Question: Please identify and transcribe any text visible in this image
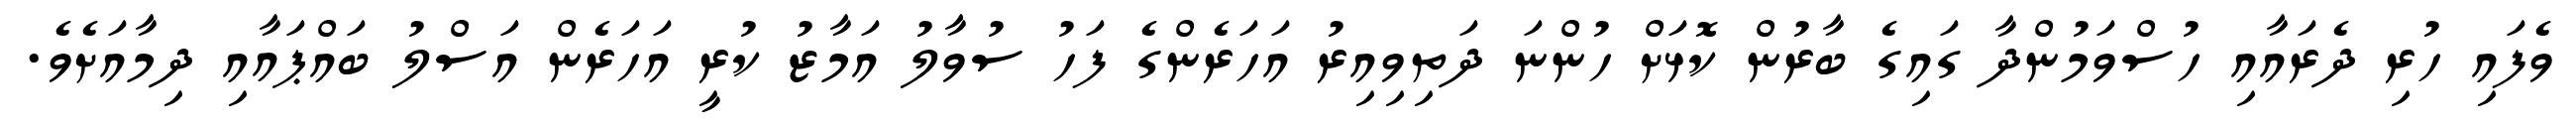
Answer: ވެފައި ހުރި ދެރައާއި ހުސްވަމުންދާ ގައިގެ ބާރުން ކޮޅަށް ހުންނަ ދަތިވިއިރު އަހަރެންގެ ފަހު ސުވާލު އަމާޒު ކުރީ އަހަރެން އަސްލު ބައްޕައާއި ދިމާއަށެވެ.